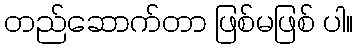
တည်ဆောက်တာ ဖြစ်မဖြစ် ပါ။